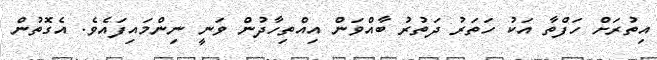
އިތުރަށް ހަފްތާ އަކު ހަތަރު ދަތުރު ބާއްވަން އިއްތިހާދުން ވަނީ ނިންމައިފައެވެ. އެގޮތުން